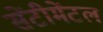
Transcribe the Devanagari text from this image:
सेंटीमेंटल